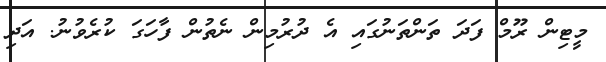
މީޓިން ރޫމް ފަދަ ތަންތަނުގައި އެ ދުރުމިން ނެތުން ފާހަގަ ކުރެވުނު. އަދި